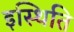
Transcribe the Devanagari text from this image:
इस्थिति